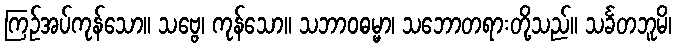
ကြဉ်အပ်ကုန်သော။ သဗ္ဗေ၊ ကုန်သော။ သဘာဝဓမ္မာ၊ သဘောတရားတို့သည်။ သင်္ခတဘူမိ၊